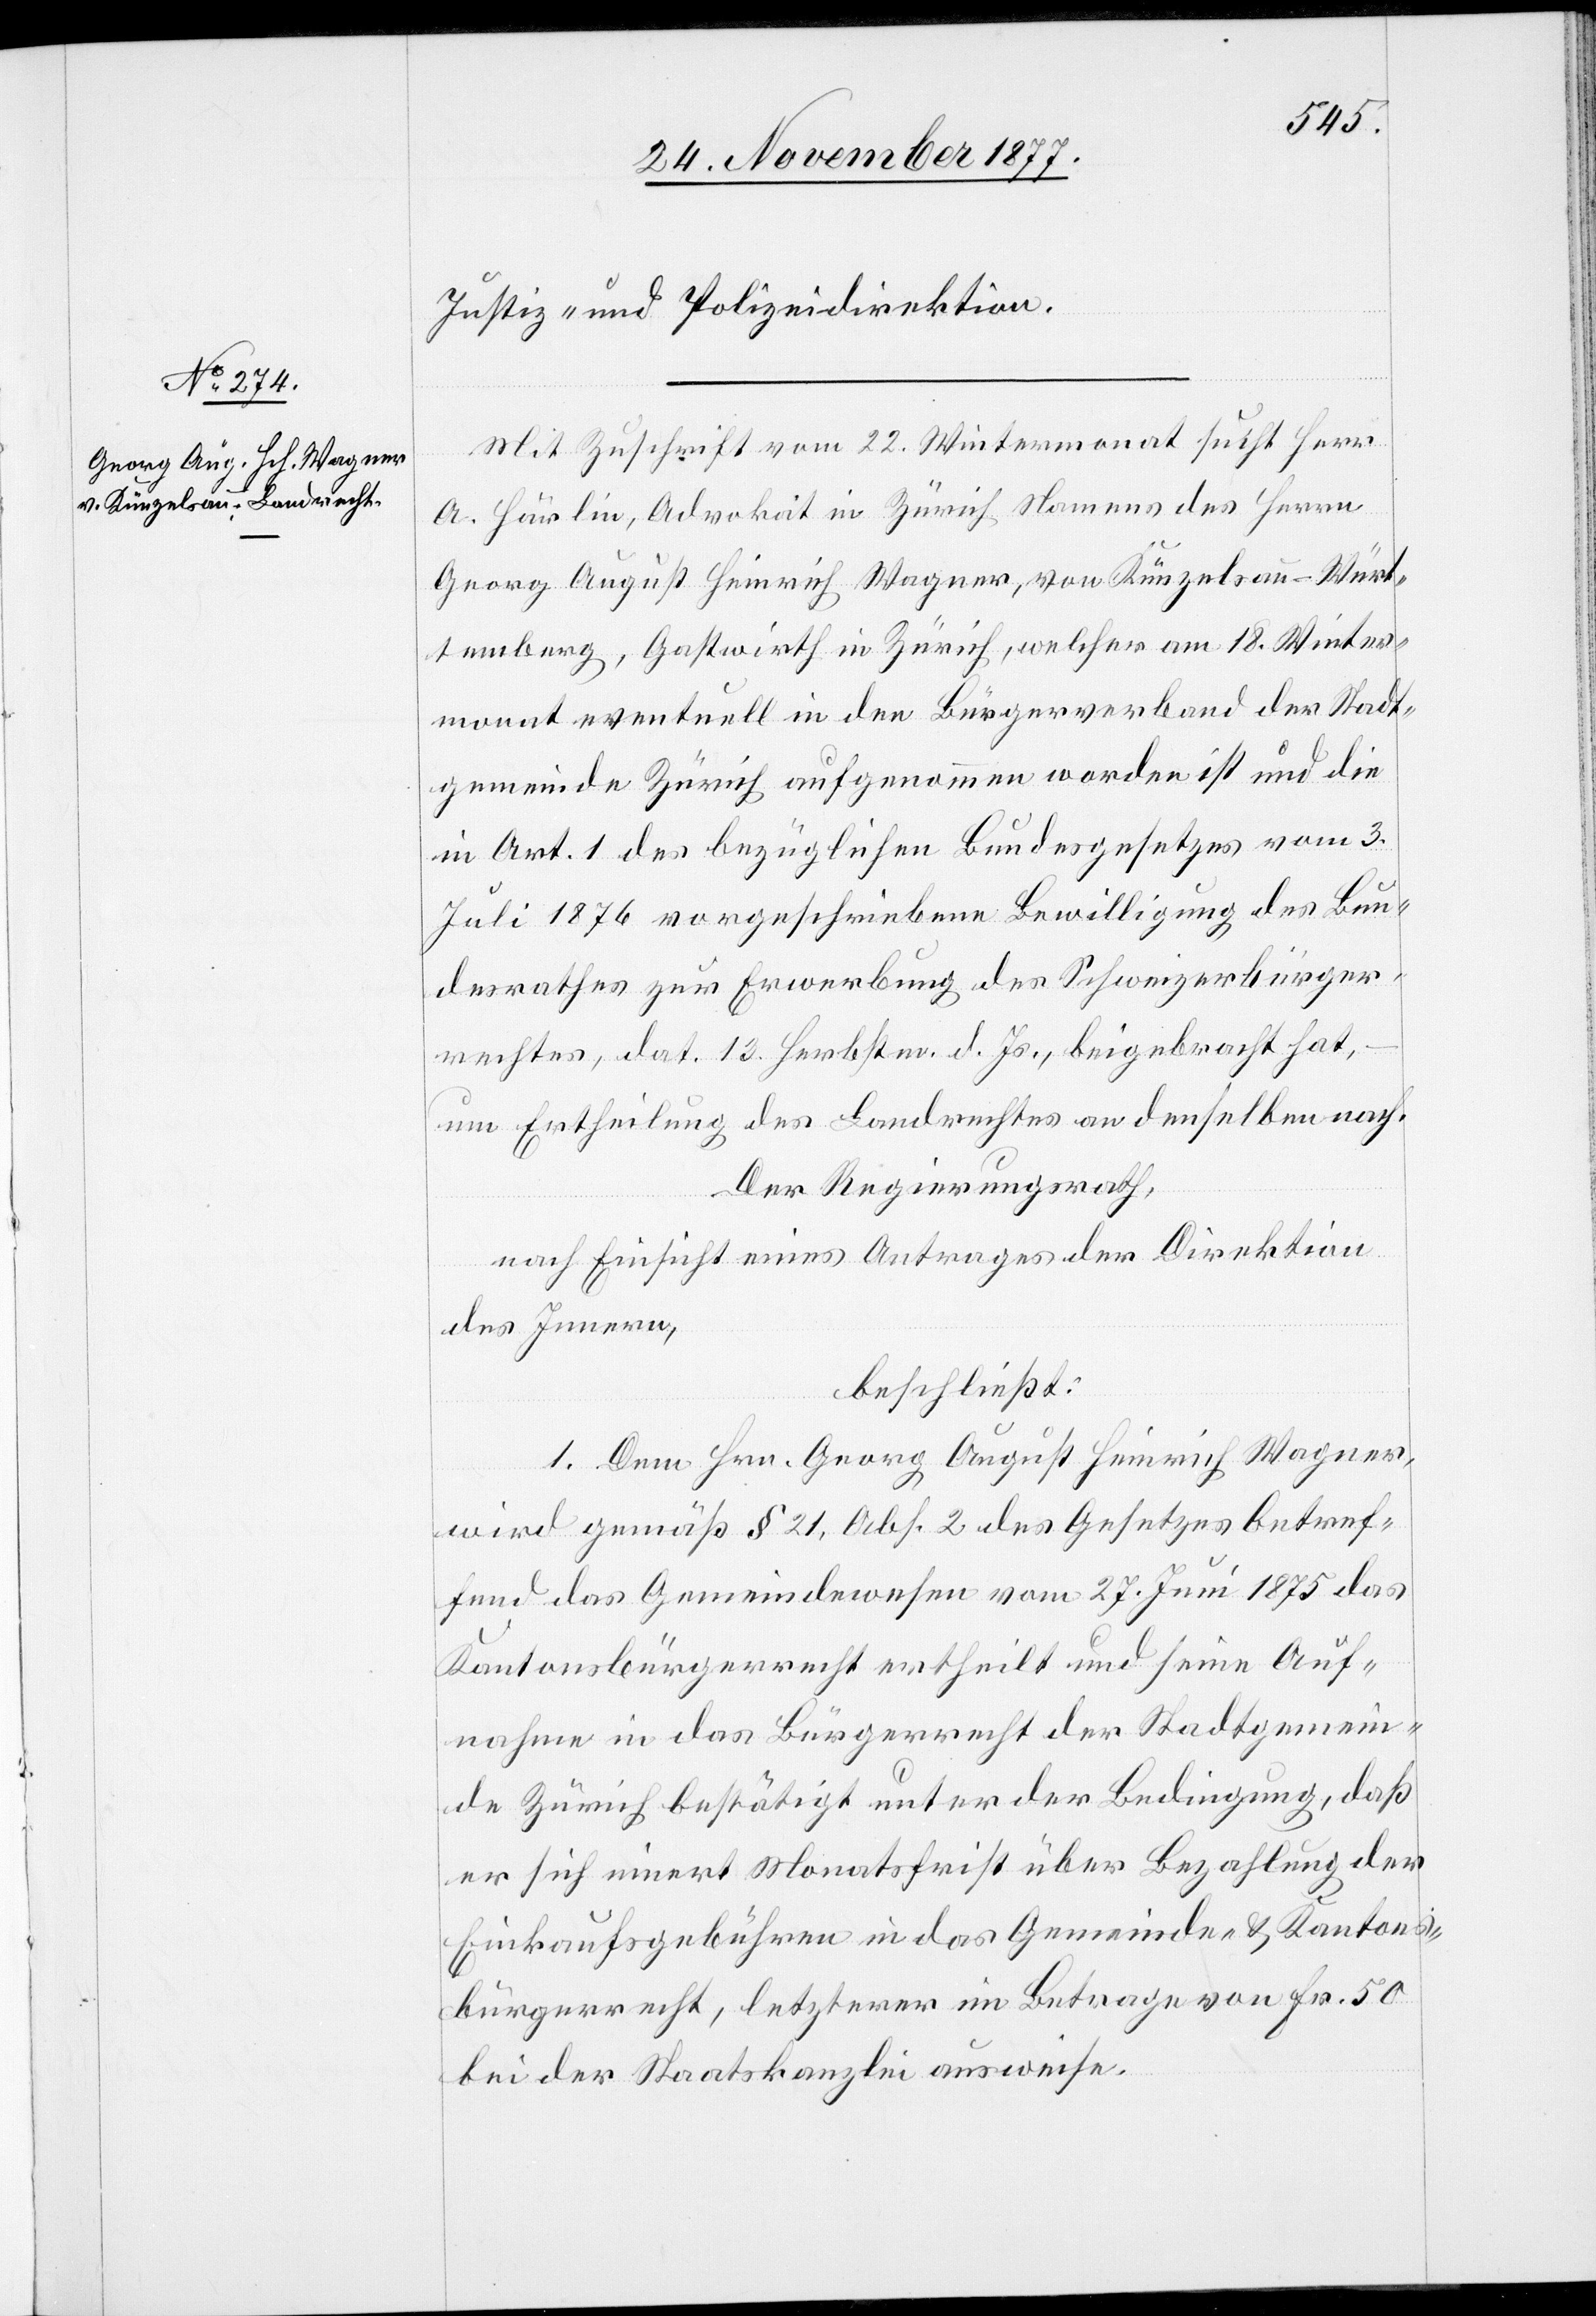
Mit Zuschrift vom 22. Wintermonat sucht Herr
A. Härlin, Advokat in Zürich Namens des Herrn
Georg August Heinrich Wagner, von Künzelsau - Würt¬
temberg, Gastwirth in Zürich, welcher am 18. Winter¬
monat eventuell in den Bürgerverband der Stadt¬
gemeinde Zürich aufgenommen worden ist und die
in Art. 1 des bezüglichen Bundesgesetzes vom 3.
Juli 1876 vorgeschriebene Bewilligung des Bun¬
desrathes zur Erwerbung des Schweizerbürger¬
rechtes, dat. 13. Herbstm. d. Js., beigebracht hat,
um Ertheilung des Landrechtes an denselben nach.
Der Regierungsrath,
nach Einsicht eines Antrages der Direktion
des Innern,
beschließt:
1. Dem Hrn. Georg August Heinrich Wagner,
wird gemäß § 21, Abs. 2 des Gesetzes betref¬
fend das Gemeindewesen vom 27. Juni 1875 das
Kantonsbürgerrecht ertheilt und seine Auf¬
nahme in das Bürgerrecht der Stadtgemein¬
de Zürich bestätigt unter der Bedingung, daß
er sich innert Monatsfrist über Bezahlung der
Einkaufsgebühren in das Gemeinde- & Kantons¬
bürgerrecht, letzterer im Betrage von Fr. 50
bei der Staatskanzlei ausweise.